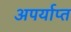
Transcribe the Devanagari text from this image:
अपर्याप्‍त